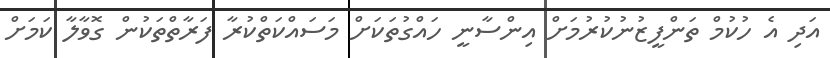
އަދި އެ ހުކުމް ތަންފީޒުނުކުރުމަށް އިންސާނީ ހައްގުތަކަށް މަސައްކަތްކުރާ ފަރާތްތަކުން ގޮވާލާ ކަމަށް